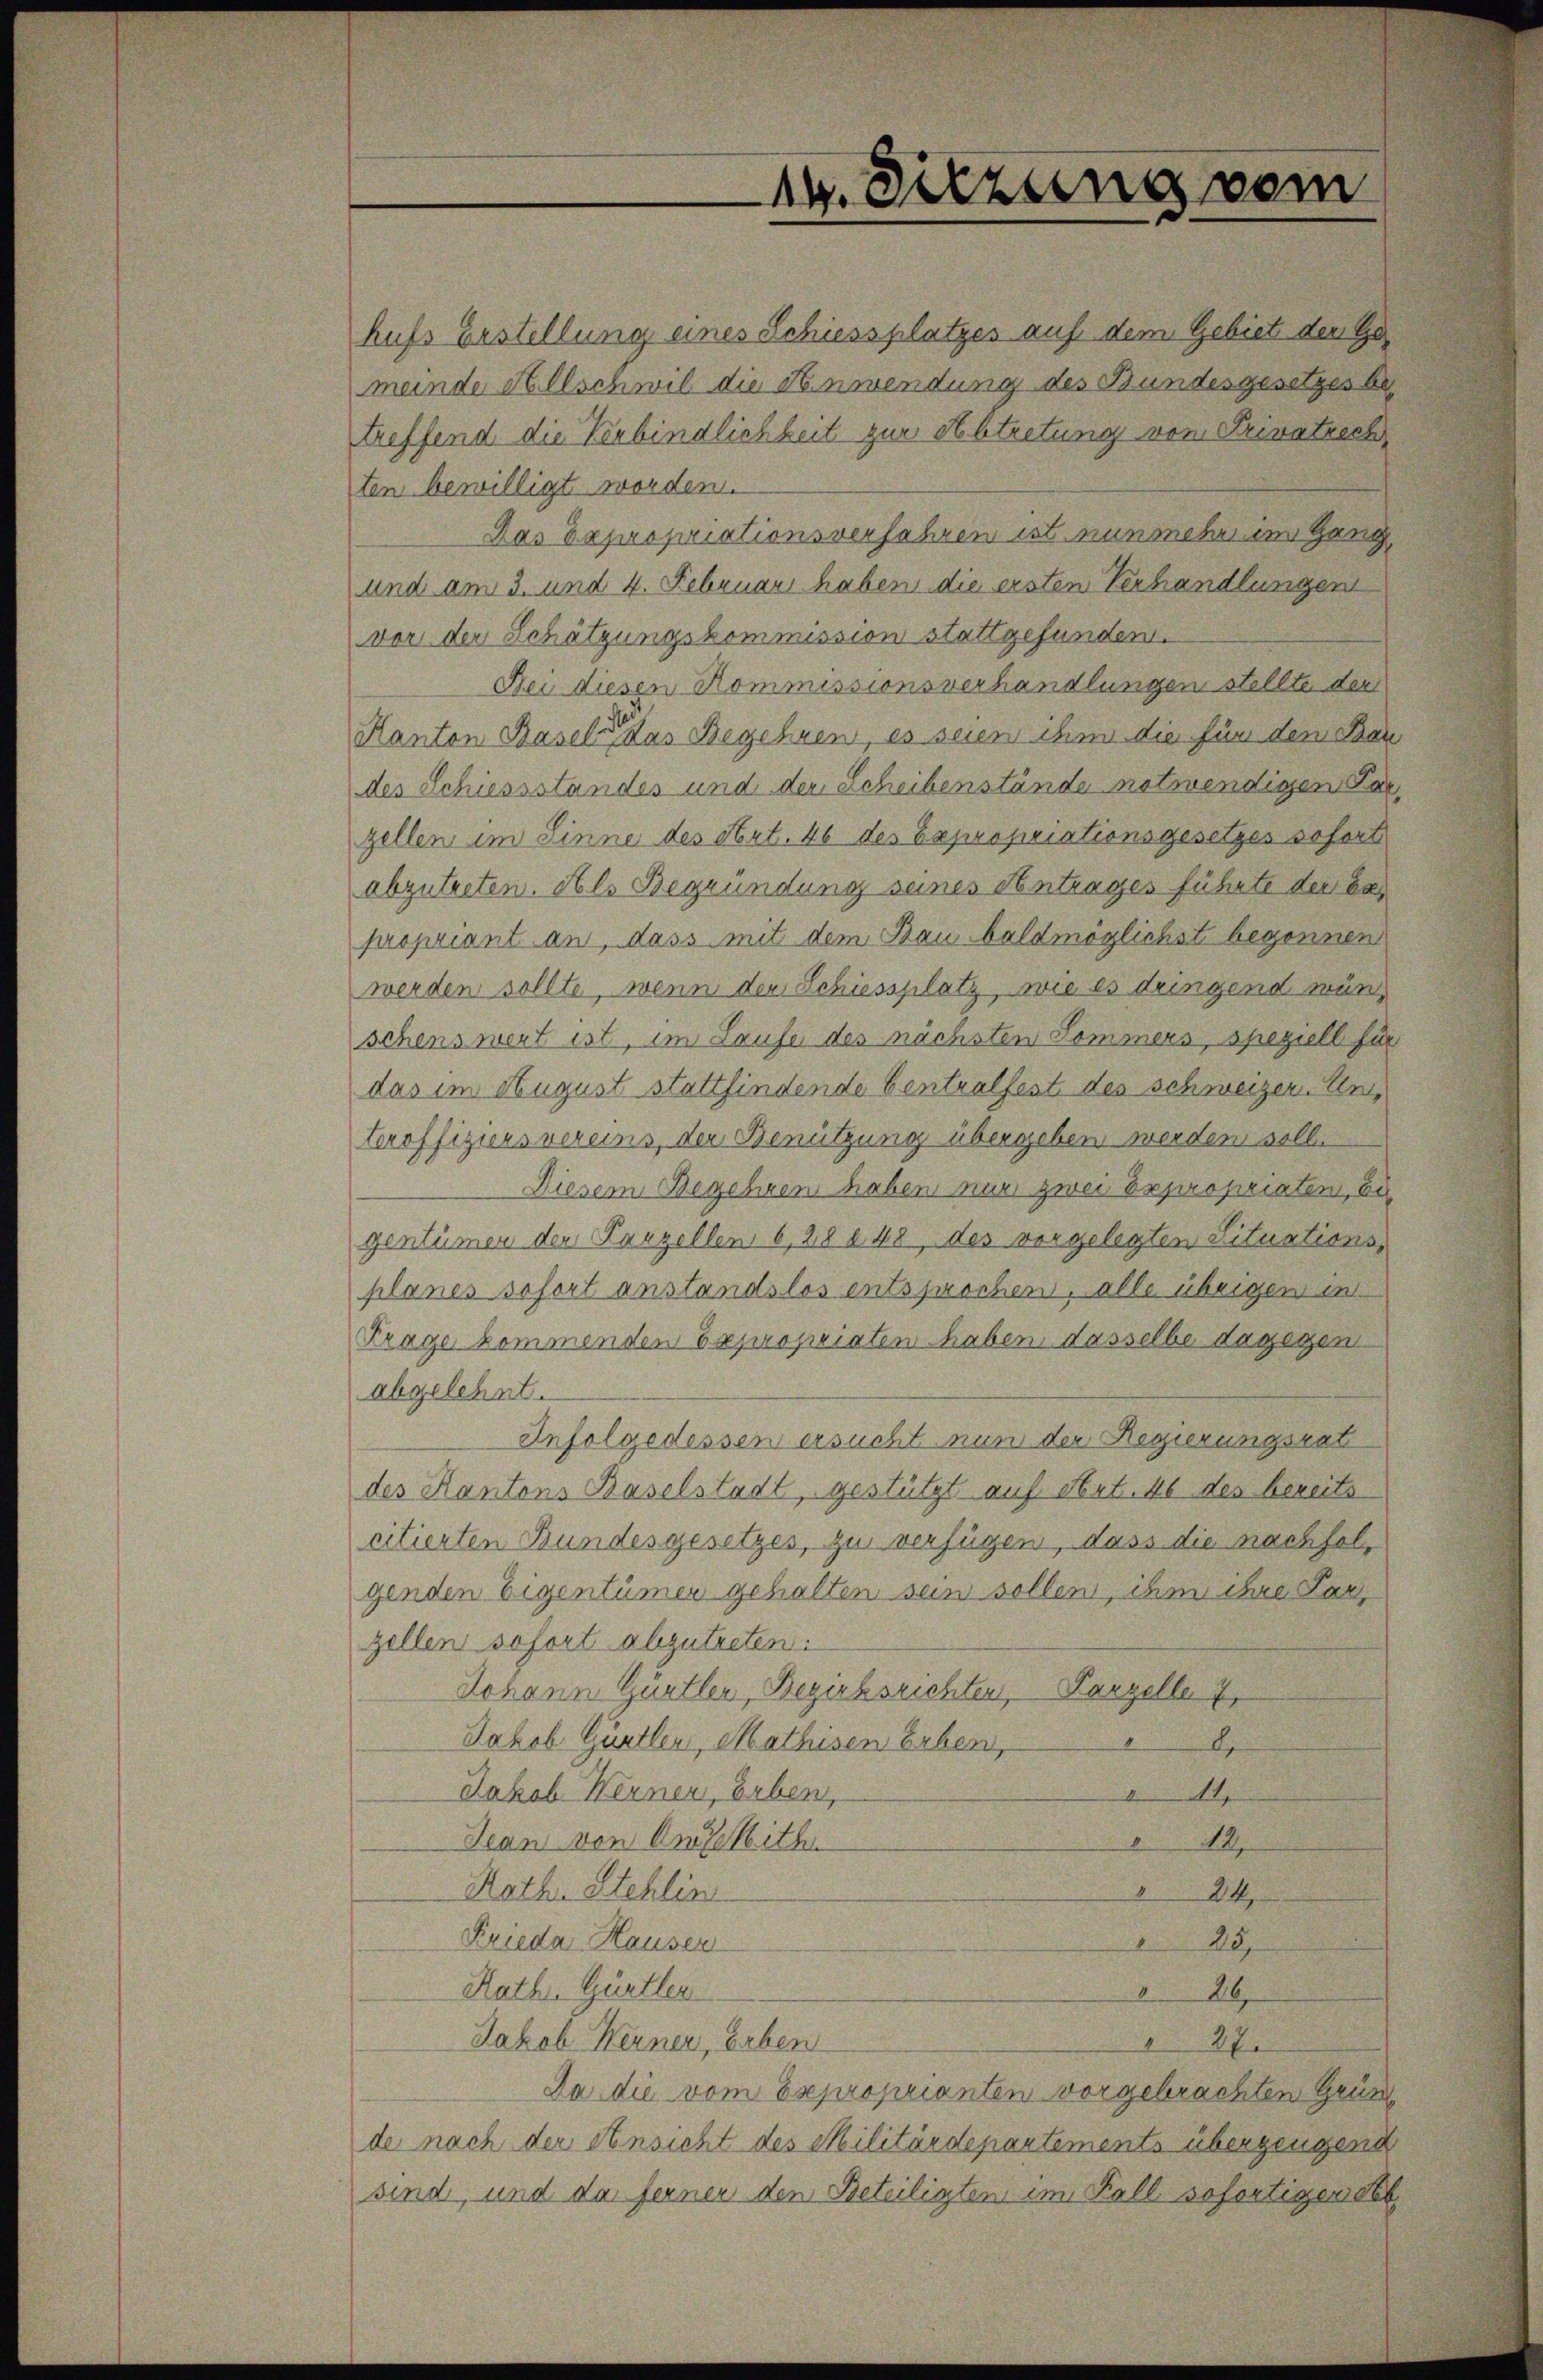
hufs Erstellung eines Schiessplatzes auf dem Gebiete der Ge
meinde Allschwil die Anwendung des Bundesgesetzes betreffend die Kabindlichkeit zur Abtretung von Privatrech
sten bewilligt worden.
Das Depropriationsverfahren ist nunmehr im Gang,
und am 3. und 4. Februar haben die ersten Verhandlungen
vor der Schätzungskommission stattgefunden.
Dei diesen Kommissionsverhandlungen stellte der
Kanton Basels das Begehren, es seien ihm die für den Ber
des Schiessstandes und der Scheibenstände notwendigen Par-
zellen im Sinne des Art. 46 des Expropriationsgesetzes sofort
abzutreten. Als Begründung seines Antrages führte der bepropriant an, dass mit dem Bau baldmöglichst begonnen
werden sollte, wenn der Schiessplatz, wie es dringend wün
schenswert ist, im Sause des nächsten Sommers, speziell für
das im August stattfindende Centralfest des schweizer. Unteroffizionsvereins, der Benützung übergeben werden soll.
Diesem Begehren haben nur zwei Expropriaten, bi
gentümer der Parzellen 6, 28 § 48, des vorgelegten Situations-
planes sofort anstandslos entsprochen, alle übrigen in
Frage kommenden Expropriaten haben, dasselbe dagegen
abgelehnt.
Infolgedessen ersucht nun der Regierungsrat
des Kantons Baselstadt, gestützt auf Art. 46 des bereits
citierten Bundesgesetzes, zu verfügen, dass die nachfolgenden Eigentümer gehalten sein sollen, ihm ihre Parzellen sofort abzutreten.
Johann Güntler, Bezirksrichten, Parzelle 7
Jakob Gürtler, Mathisen Erben,
A
14
Jakob Werner, Buben,
Jean von Anseith
12.
Kath. Stehlin
24
Frieda Hausen
25.
Kath. Gürtler
26
Jakob Werner, Erben
37
Da die vom Exproprianten vorgebrachten Grün
de nach der Ansicht des Militärdepartements übergengend
sind, und da ferner den Beteiligten im Fall sofortigendet

14. Sitzung vom